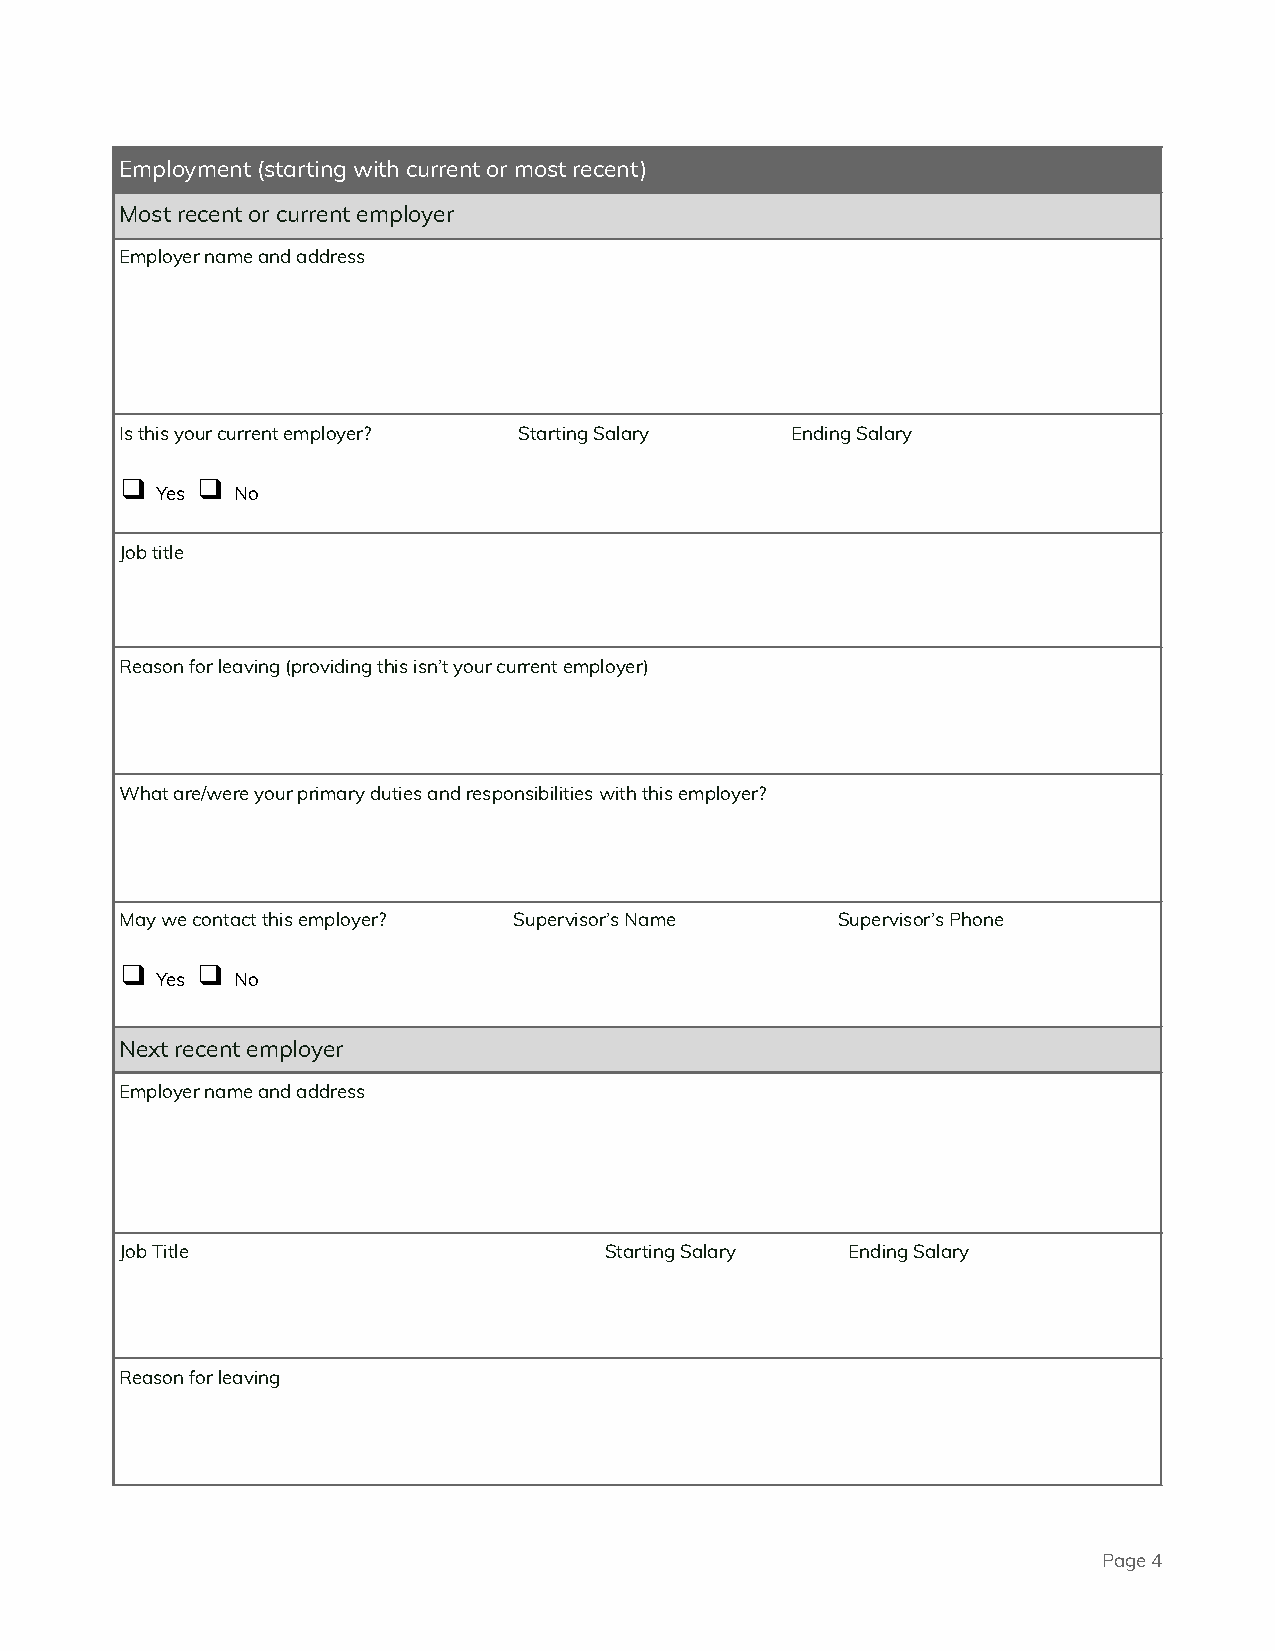
Employment (starting with current or most recent)
 Most recent or current employer
 Employer name and address
 Is this your current employer? Starting Salary Ending Salary
 ❑    ❑
 Yes  No
 Job title
 Reason for leaving (providing this isn’t your current employer)
 What are/were your primary duties and responsibilities with this employer?
 May we contact this employer? Supervisor’s Name Supervisor’s Phone
 ❑    ❑
 Yes  No
 Next recent employer
 Employer name and address
 Job Title                       Starting Salary Ending Salary
 Reason for leaving
 Page4